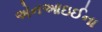
એનઆઇઈના